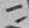
Text: 11